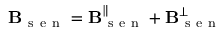
\mathbf { B } _ { \mathrm { ~ s ~ e ~ n ~ } } = \mathbf { B } _ { \mathrm { ~ s ~ e ~ n ~ } } ^ { \parallel } + \mathbf { B } _ { \mathrm { ~ s ~ e ~ n ~ } } ^ { \perp }